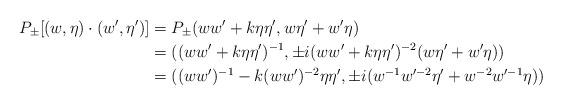
LaTeX: \begin{align*}P_{\pm}[(w, \eta) \cdot (w', \eta')] &= P_\pm(ww'+ k\eta \eta', w \eta'+ w'\eta)\\&=((ww'+ k\eta \eta')^{-1}, \pm i(ww'+ k\eta \eta')^{-2}(w \eta'+ w'\eta))\\&= ((ww')^{-1} - k(ww')^{-2}\eta \eta', \pm i(w^{-1}w'^{-2}\eta'+ w^{-2}w'^{-1} \eta))\end{align*}